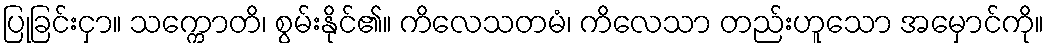
ပြုခြင်းငှာ။ သက္ကောတိ၊ စွမ်းနိုင်၏။ ကိလေသတမံ၊ ကိလေသာ တည်းဟူသော အမှောင်ကို။